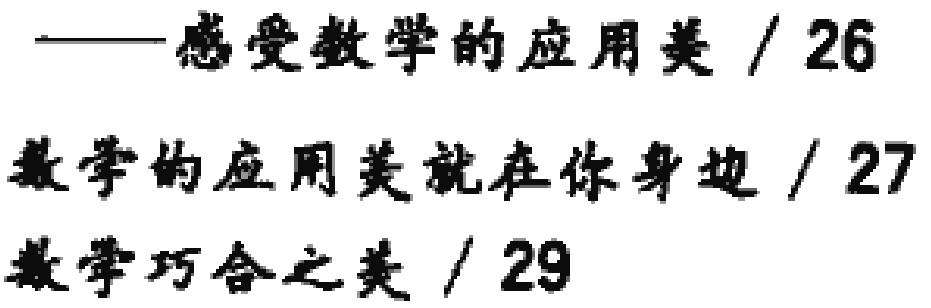
——感受数学的应用美 / 26

数学的应用美就在你身边 / 27

数学巧合之美 / 29